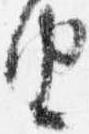
由